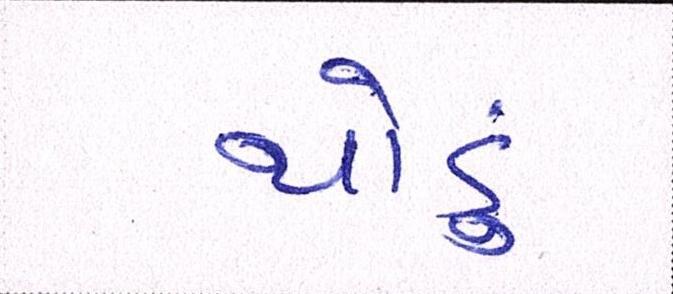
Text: થોડું